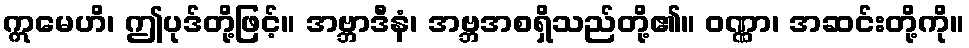
ဣမေဟိ၊ ဤပုဒ်တို့ဖြင့်။ အဗ္ဘာဒီနံ၊ အဗ္ဘအစရှိသည်တို့၏။ ဝဏ္ဏာ၊ အဆင်းတို့ကို။